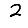
Digit: 2